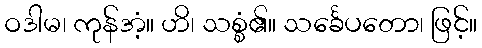
ဝဒါမ၊ ကုန်အံ့။ ဟိ၊ သစ္စံ၏။ သင်္ခေပတော၊ ဖြင့်။